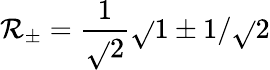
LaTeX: \mathcal{R}_{\pm}=\frac{{1}}{{\sqrt{}{{2}}}}\sqrt{}{{1\pm1/\sqrt{}{{2}}}}